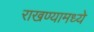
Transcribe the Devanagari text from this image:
राखण्यामध्ये